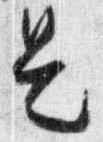
是